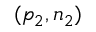
( p _ { 2 } , n _ { 2 } )